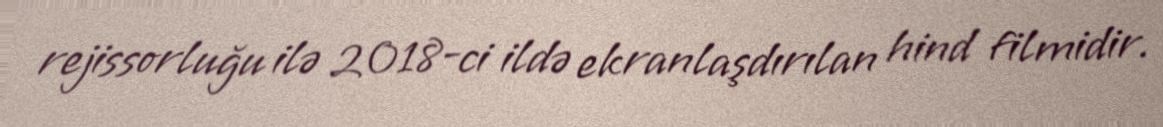
rejissorluğu ilə 2018-ci ildə ekranlaşdırılan hind filmidir.